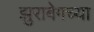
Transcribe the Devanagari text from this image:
झुराबेगच्या